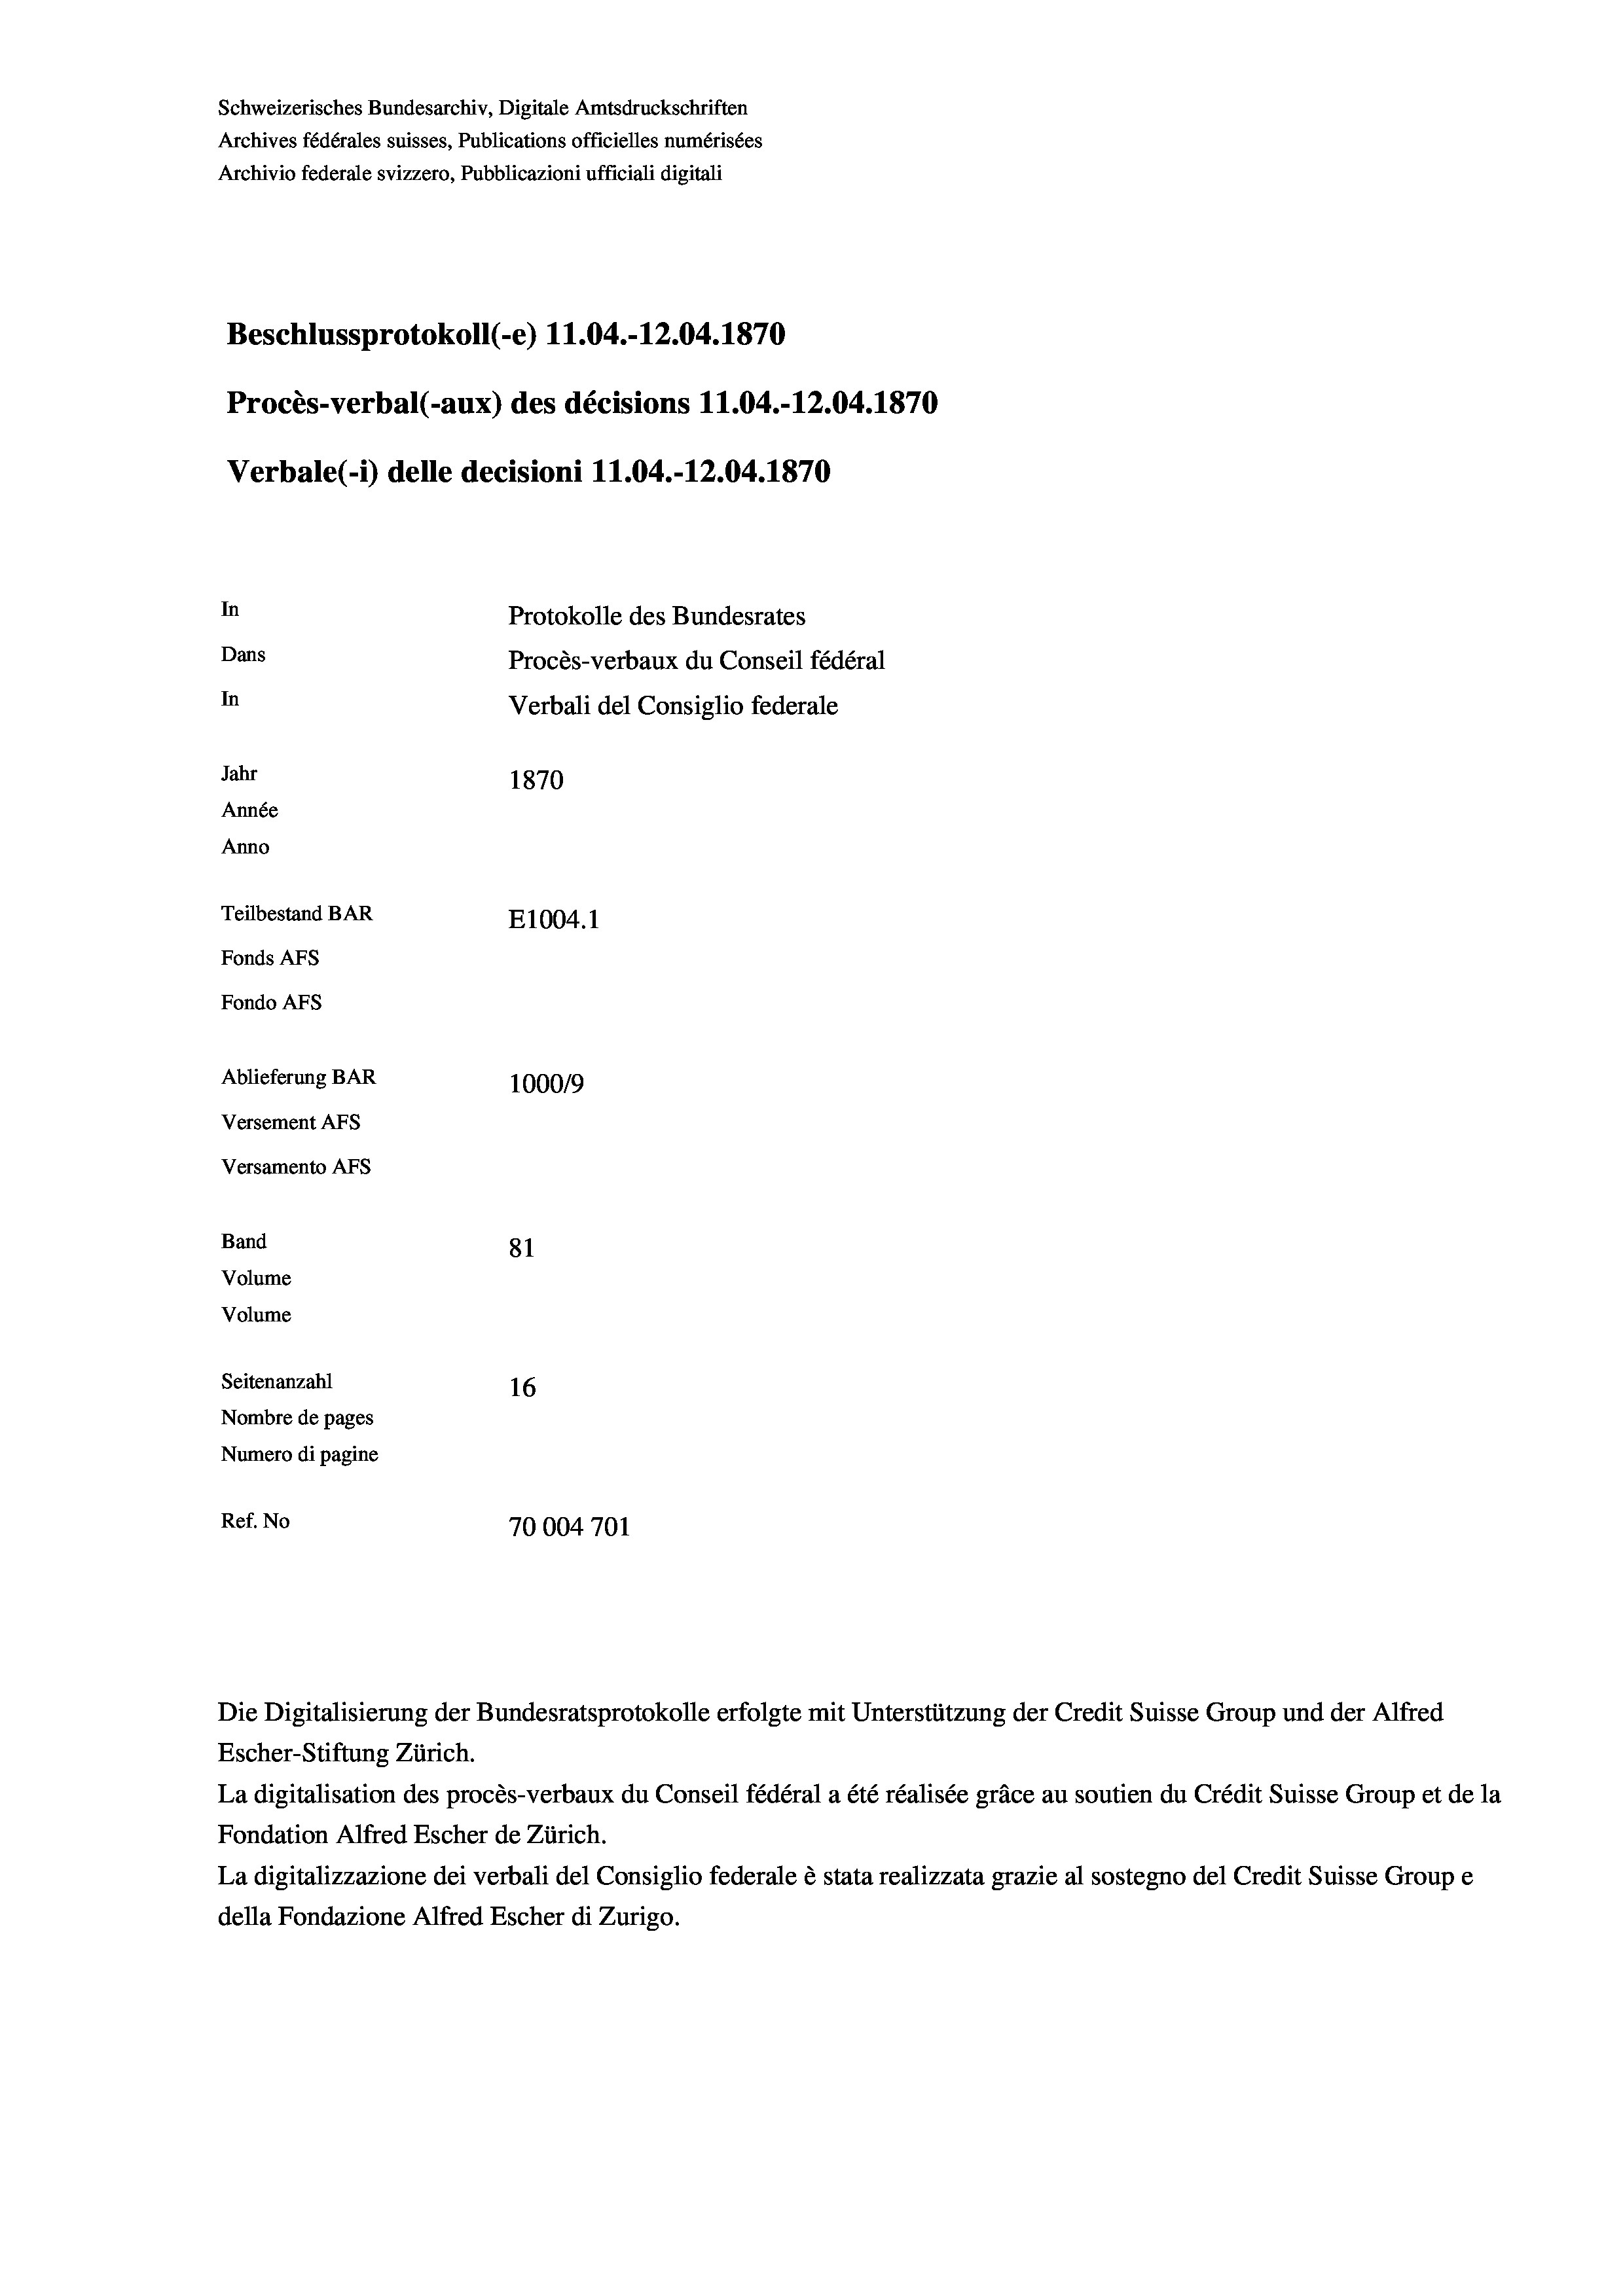
Schweizerisches Bundesarchiv, Digitale Amtsdruckschriften
Archives fédérales suisses, Publications officielles numérisées
Archivio federale svizzero, Pubblicazioni ufficiali digitali
Beschlussprotokoll (-e) 11.04.-12.04. 1870
Procès-verbal (-aux) des décisions 11.04.-12.04. 1870
Verbale (i) delle decisioni 11.04.-12.04. 1870
In
Protokolle des Bundesrates
Dans
Procès-verbaux du Conseil fédéral
In
Verbali del Consiglio federale
Jahr
1870
Année
Anno
Teilbestand BAR
E1004. 1
Fonds AFs
Fondo Afs
Ablieferung BAR
1000/9

Versement Ans
Versamento Afs
Band
Volume
Volume
Seitenanzahl

81
16
Nombre de pages
Numero di pagine
Ref. No
70004701

Die Digitalisierung der Bundesratsprotokolle erfolgte mit Unterstützung der Credit Suisse Group und der Alfred
Escher-Stiftung Zürich.
La digitalisation des procès-verbaux du Conseil fédéral a été réalisée gräce au soutien du Crédit Suisse Group et de la
Fondation Alfred Escher de Zürich.
La digitalizzazione dei verbali del Consiglio federale è stata realizzata grazie al sostegno del Credit Suisse Groupe
della Fondazione Alfred Escher di Zurigo.